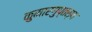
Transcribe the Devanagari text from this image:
कुमारगुप्तस्य